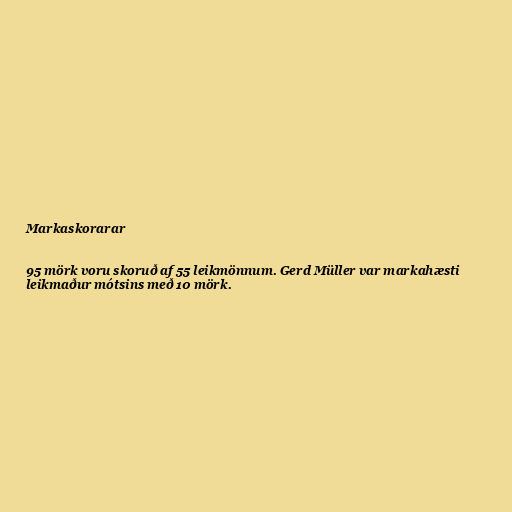
Markaskorarar

95 mörk voru skoruð af 55 leikmönnum. Gerd Müller var markahæsti
leikmaður mótsins með 10 mörk.